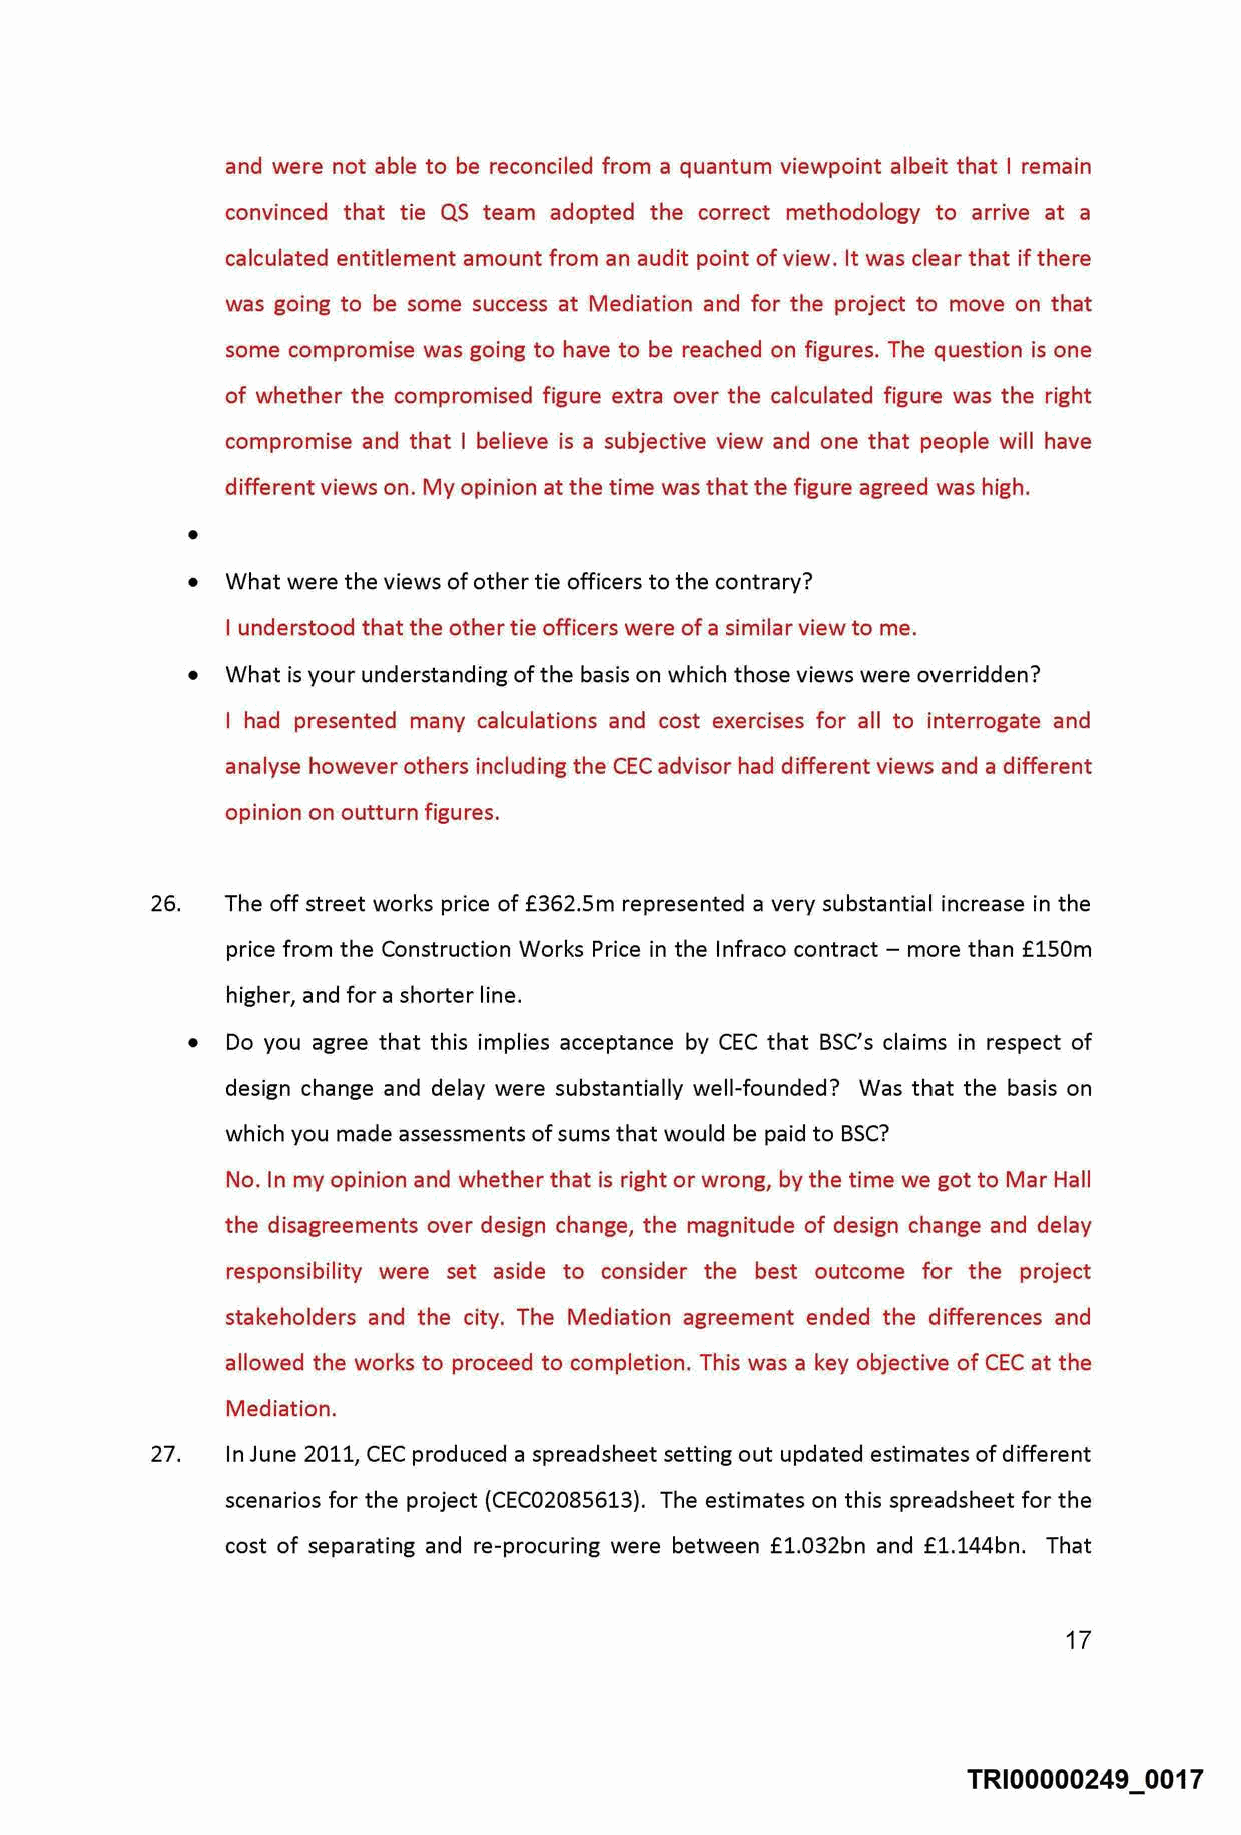
and were not able to be reconciled from a quantum viewpoint albeit that I remain
 convinced that tie QS team adopted the correct methodology to arrive at a
 calculated entitlement amount from an audit point of view. It was clear that if there
 was going to be some success at Mediation and for the project to move on that
 some compromise was going to have to be reached on figures. The question is one
 of whether the compromised figure extra over the calculated figure was the right
 compromise and that I believe is a subjective view and one that people will have
 different views on. My opinion at the time was that the figure agreed was high .
 •
 •  What were the views of other tie officers to the contrary?
 I understood that the other tie officers were of a similar view to me.
 •  What is your understanding of the basis on which those views were overridden?
 I had presented many calculations and cost exercises for all to interrogate and
 analyse however others including the CEC advisor had different views and a different
 opinion on outturn figures.
 26.  The off street works price of £362.Sm represented a very substantial increase in the
 price from the Construction Works Price in the lnfraco contract - more than £150m
 higher, and for a shorter line.
 •  Do you agree that this implies acceptance by CEC that BSC's claims in respect of
 design change and delay were substantially well-founded? Was that the basis on
 which you made assessments of sums that would be paid to BSC?
 No. In my opinion and whether that is right or wrong, by the time we got to Mar Hall
 the disagreements over design change, the magnitude of design change and delay
 responsibility were set aside to consider the best outcome for the project
 stakeholders and the city. The Mediation agreement ended the differences and
 allowed the works to proceed to completion. This was a key objective of CEC at the
 Mediation.
 27.  In June 2011, CEC produced a spreadsheet setting out updated estimates of different
 scenarios for the project (CEC02085613). The estimates on this spreadsheet for the
 cost of separating and re-procuring were between £1.032bn and £1.144bn. That
 17
 TRI00000249 0017